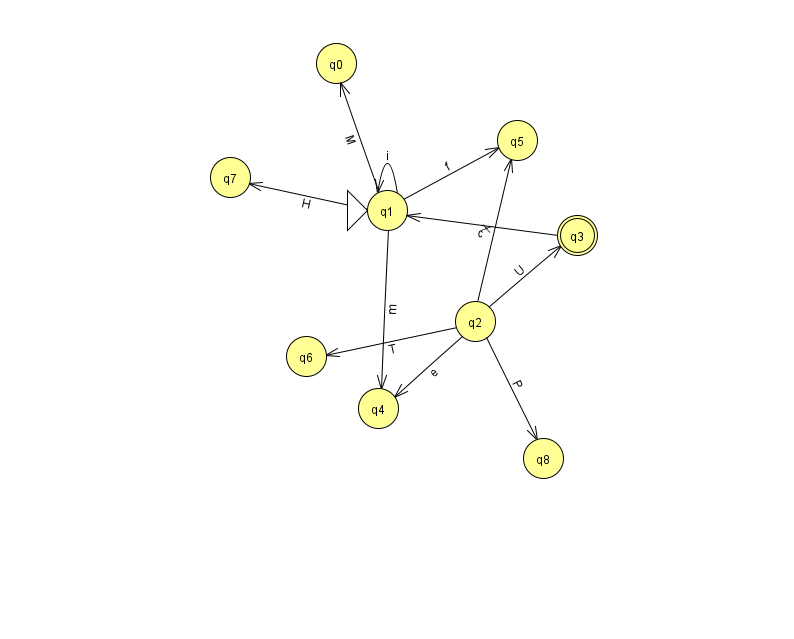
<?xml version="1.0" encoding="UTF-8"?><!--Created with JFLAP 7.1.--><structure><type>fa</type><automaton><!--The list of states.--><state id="0" name="q0"><x>336.0</x><y>50.0</y></state><state id="1" name="q1"><x>387.0</x><y>197.0</y><initial/></state><state id="2" name="q2"><x>475.0</x><y>308.0</y></state><state id="3" name="q3"><x>577.0</x><y>222.0</y><final/></state><state id="4" name="q4"><x>378.0</x><y>395.0</y></state><state id="5" name="q5"><x>517.0</x><y>127.0</y></state><state id="6" name="q6"><x>306.0</x><y>343.0</y></state><state id="7" name="q7"><x>230.0</x><y>164.0</y></state><state id="8" name="q8"><x>543.0</x><y>445.0</y></state><!--The list of transitions.--><transition><from>2</from><to>8</to><read>P</read></transition><transition><from>3</from><to>1</to><read>c</read></transition><transition><from>2</from><to>5</to><read>X</read></transition><transition><from>2</from><to>4</to><read>e</read></transition><transition><from>2</from><to>3</to><read>U</read></transition><transition><from>1</from><to>1</to><read>i</read></transition><transition><from>1</from><to>0</to><read>M</read></transition><transition><from>1</from><to>7</to><read>H</read></transition><transition><from>1</from><to>4</to><read>m</read></transition><transition><from>1</from><to>5</to><read>f</read></transition><transition><from>2</from><to>6</to><read>T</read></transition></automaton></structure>